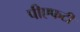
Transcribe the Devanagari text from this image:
पीएफटी